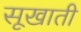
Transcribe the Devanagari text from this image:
सूखाती